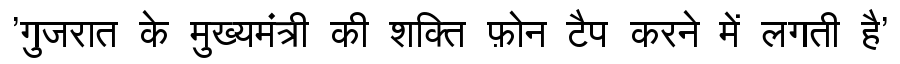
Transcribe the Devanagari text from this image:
'गुजरात के मुख्यमंत्री की शक्ति फ़ोन टैप करने में लगती है'